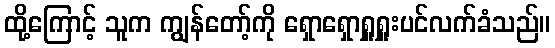
ထို့ကြောင့် သူက ကျွန်တော့်ကို ရှောရှောရှူရှူးပင်လက်ခံသည်။